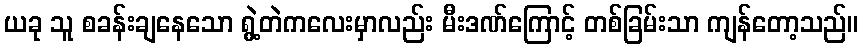
ယခု သူ စခန်းချနေသော ရွဲ့တဲကလေးမှာလည်း မီးဒဏ်ကြောင့် တစ်ခြမ်းသာ ကျန်တော့သည်။